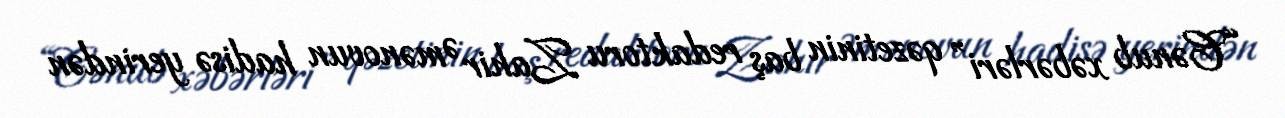
“Cənub xəbərləri” qəzetinin baş redaktoru Zahir Əmənovun hadisə yerindən